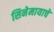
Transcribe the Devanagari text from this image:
सिनेमायाचे